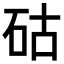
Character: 𥑮